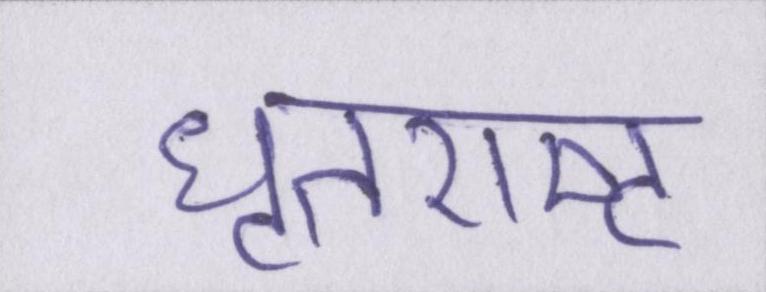
धृतराष्ट